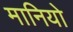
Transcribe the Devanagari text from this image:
मानियो